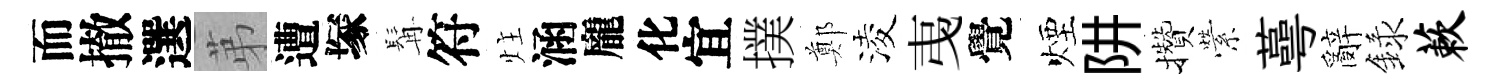
而撤選苐遭塚髯符炷涵龐化宜撲鄭淩𢎯覺煙阱攢縈蕚辭録蔌